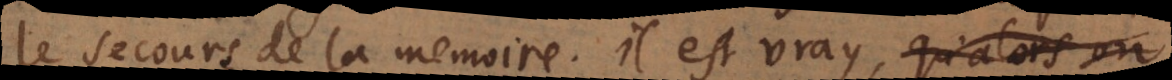
le secours de la memoire. Il est vray, que si